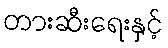
တားဆီးရေးနှင့်